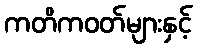
ကတိကဝတ်များနှင့်